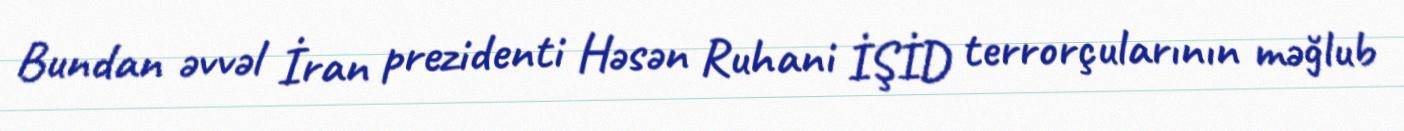
Bundan əvvəl İran prezidenti Həsən Ruhani İŞİD terrorçularının məğlub